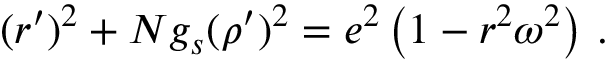
( r ^ { \prime } ) ^ { 2 } + N g _ { s } ( \rho ^ { \prime } ) ^ { 2 } = e ^ { 2 } \left( 1 - r ^ { 2 } \omega ^ { 2 } \right) \, .